65_HS1-834228961_62-HQ-83894_Section_10
Agency: FBI
Page 118
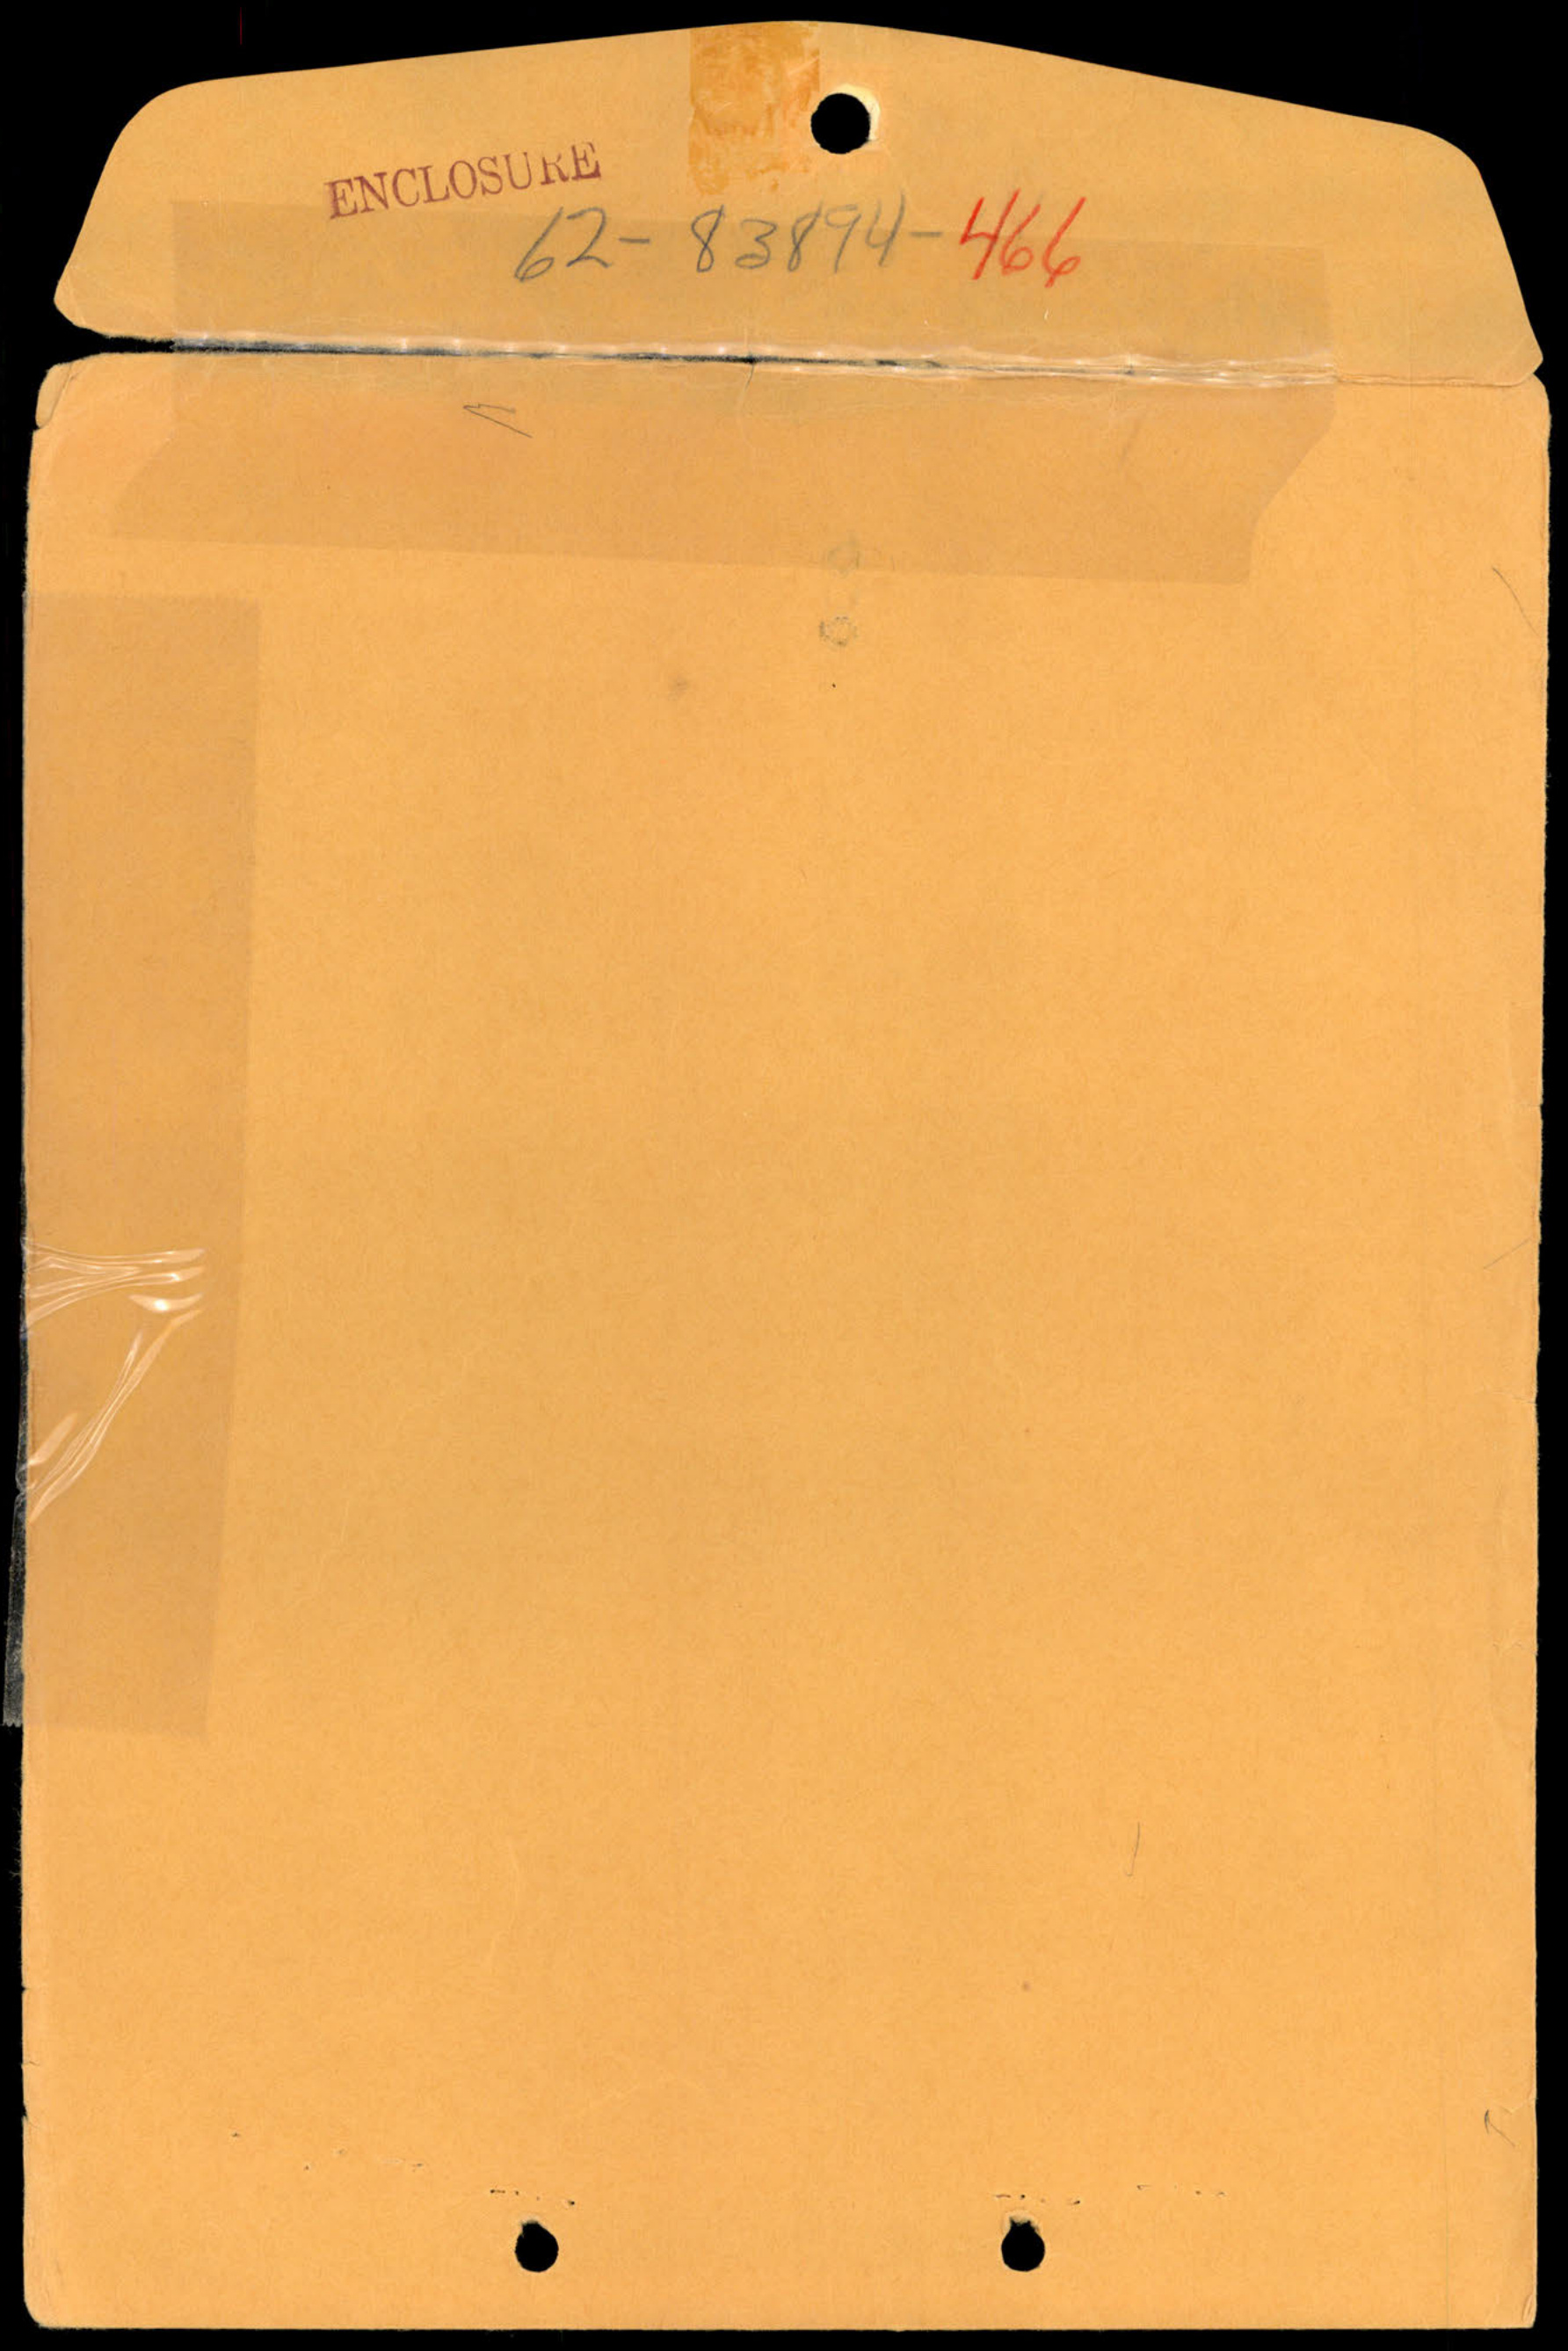